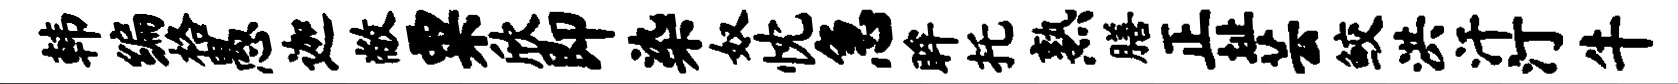
韩编格愚迦敝粟欣即染奴忱急眸托熟膳正址芸鲛洪汗汀牛